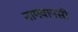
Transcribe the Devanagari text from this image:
नामवापसी